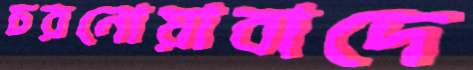
চরনোয়াবাদে